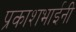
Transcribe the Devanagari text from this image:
प्रकाशभाईनी